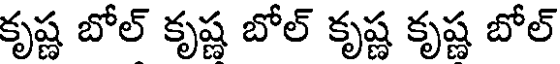
కృష్ణ బోల్ కృష్ణ బోల్ కృష్ణ కృష్ణ బోల్